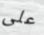
على